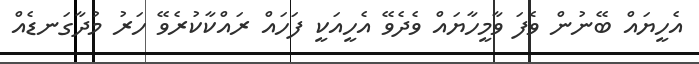
އެހީޔައް ބޭނުން ވެފަ ވާމީހާޔައް ވެދެވޭ އެހީއަކީ ފަހައް ރައްކާކުރެވޭ ހަރު މުދާގަނޑެއް